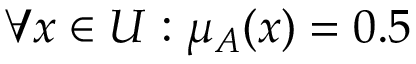
\forall x \in U : \mu _ { A } ( x ) = 0 . 5